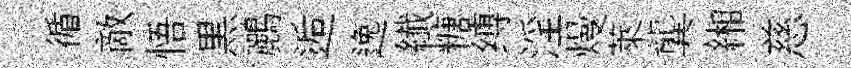
循敵悟黒鸝逅逸纎糖缚淫熳萊龔緗慈